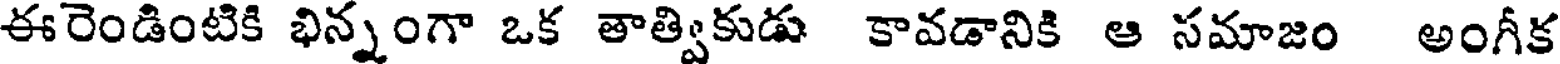
ఈరెండింటికి భిన్నంగా ఒక తాత్వికుడు కావడానికి ఆ సమాజం అంగీక